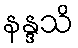
နန္ဒသိ